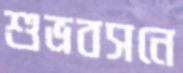
শুভ্রবসনে